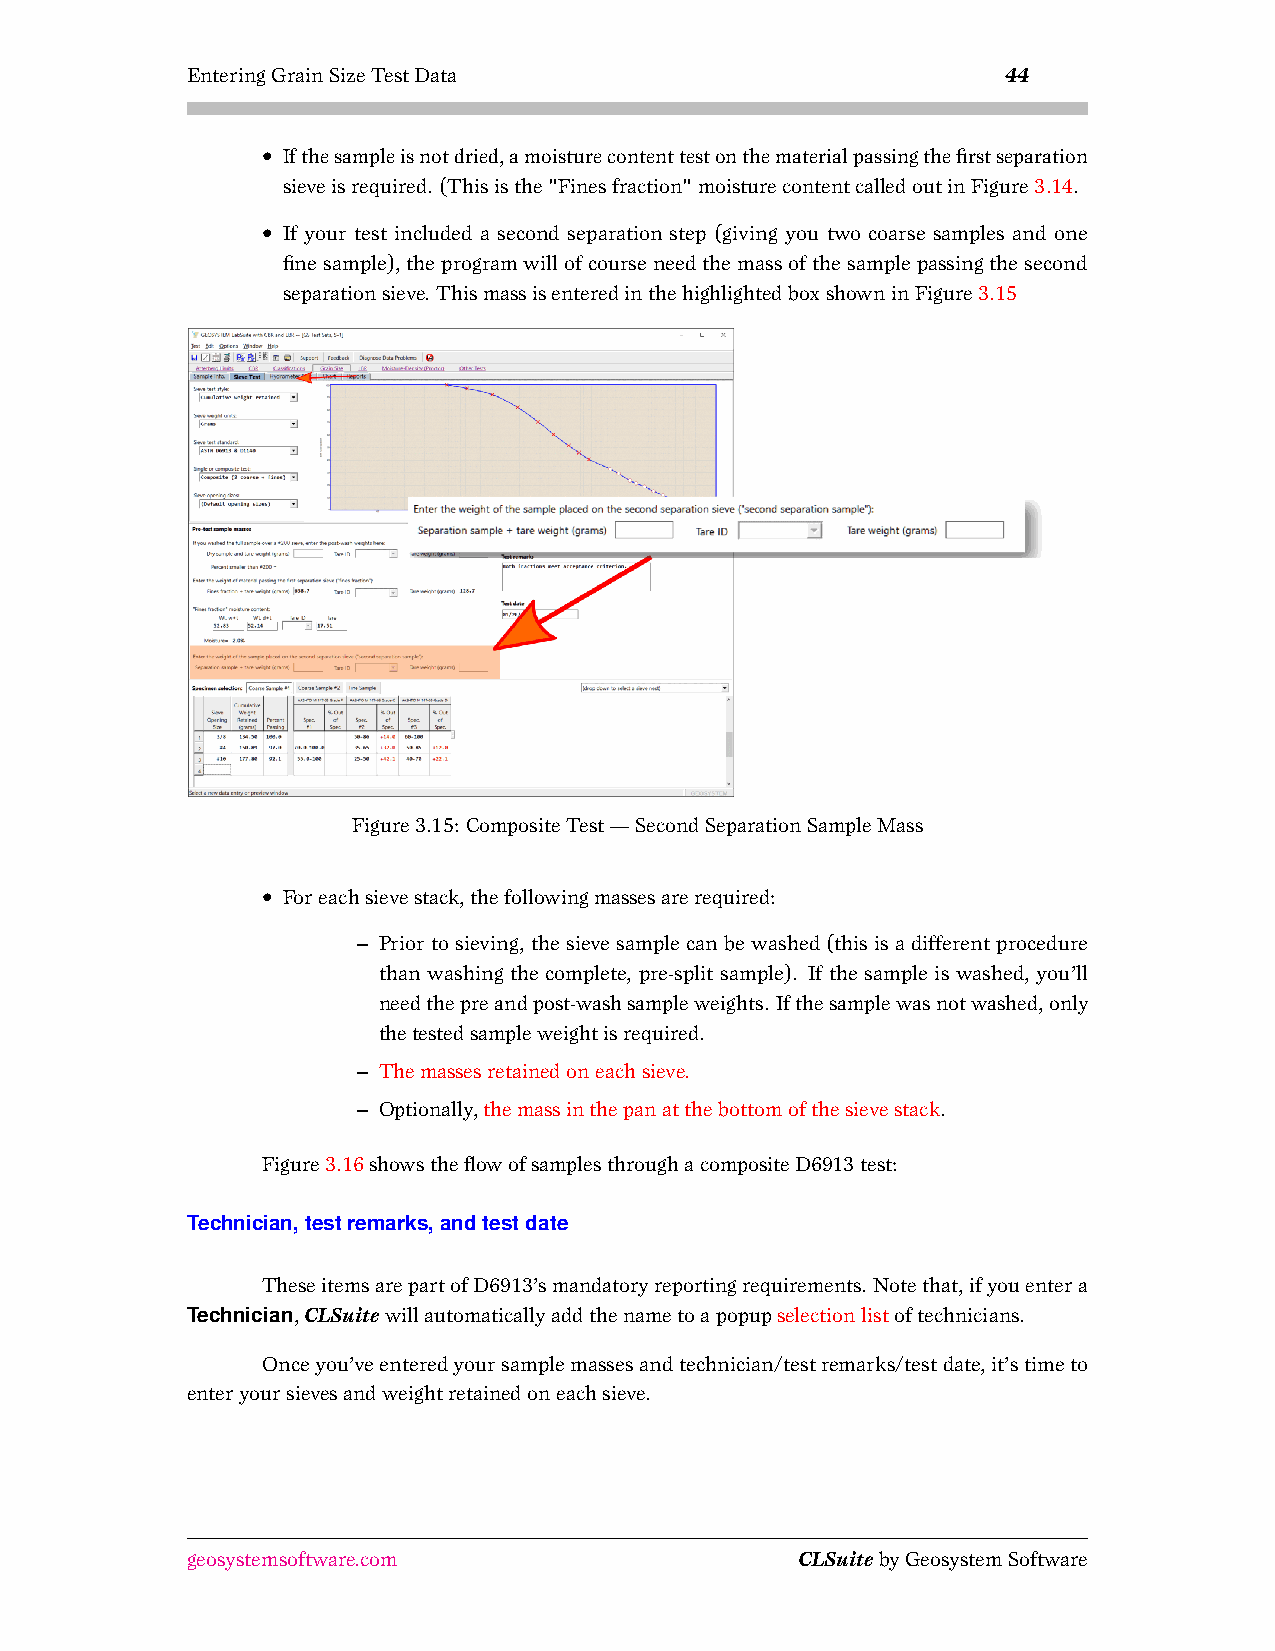
EnteringGrainSizeTestData                              44
 • Ifthesampleisnotdried,amoisturecontenttestonthematerialpassingthefirstseparation
 sieveisrequired. (Thisisthe"Finesfraction"moisturecontentcalledoutinFigure3.14.
 • If your test included a second separation step (giving you two coarse samples and one
 finesample),theprogramwillofcourseneedthemassofthesamplepassingthesecond
 separationsieve. ThismassisenteredinthehighlightedboxshowninFigure3.15
 Figure3.15: CompositeTest—SecondSeparationSampleMass
 • Foreachsievestack,thefollowingmassesarerequired:
 – Priortosieving,thesievesamplecanbewashed(thisisadifferentprocedure
 than washing the complete, pre-split sample). If the sample is washed, you’ll
 needthepreandpost-washsampleweights. Ifthesamplewasnotwashed,only
 thetestedsampleweightisrequired.
 – Themassesretainedoneachsieve.
 – Optionally,themassinthepanatthebottomofthesievestack.
 Figure3.16showstheflowofsamplesthroughacompositeD6913test:
 Technician,testremarks,andtestdate
 TheseitemsarepartofD6913’smandatoryreportingrequirements. Notethat,ifyouentera
 Technician,CLSuitewillautomaticallyaddthenametoapopupselectionlistoftechnicians.
 Onceyou’veenteredyoursamplemassesandtechnician/testremarks/testdate,it’stimeto
 enteryoursievesandweightretainedoneachsieve.
 geosystemsoftware.com                    CLSuitebyGeosystemSoftware